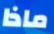
ماذا